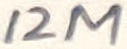
Text: 12M